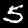
Digit: 5